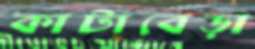
কাটাবেড়া